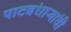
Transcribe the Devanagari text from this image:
पाटबंधाऱ्यांची